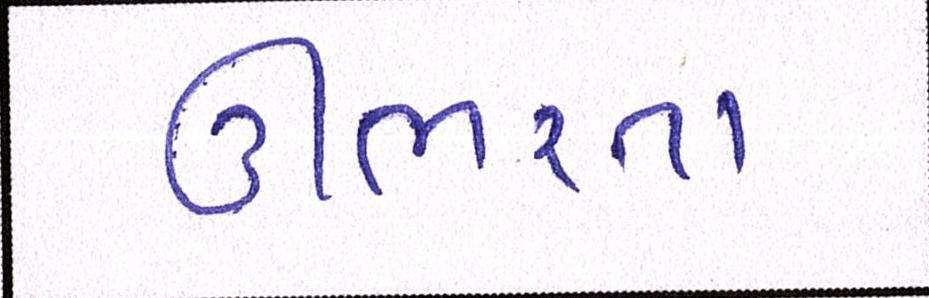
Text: ઊભરતા